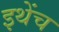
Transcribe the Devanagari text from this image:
इथेंच